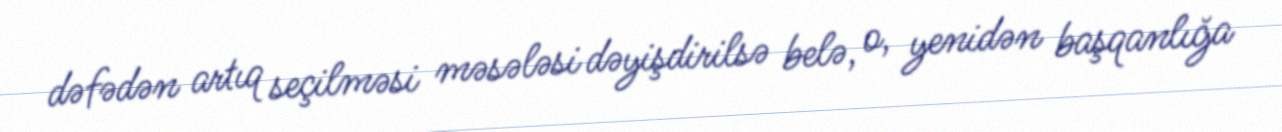
dəfədən artıq seçilməsi məsələsi dəyişdirilsə belə, o, yenidən başqanlığa